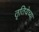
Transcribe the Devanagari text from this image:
तृतियेच्या